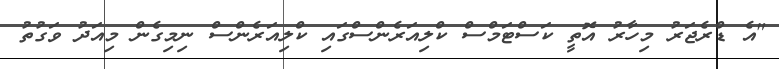
"އެ ޑްރެޖަރު މިހާރު އޮތީ ކަސްޓަމްސް ކްލިއަރެންސްގައި ކްލިއަރެންސް ނިމިގެން މިއަދު ވަގުތު